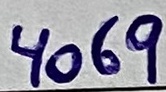
Text: 4069